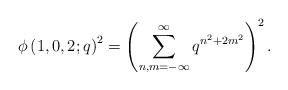
LaTeX: \begin{align*}\phi\left(1,0,2;q\right)^2=\left(\sum^{\infty}_{n,m=-\infty}q^{n^2+2m^2}\right)^2.\end{align*}